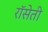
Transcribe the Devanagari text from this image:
रॉसेती